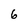
Character: 6